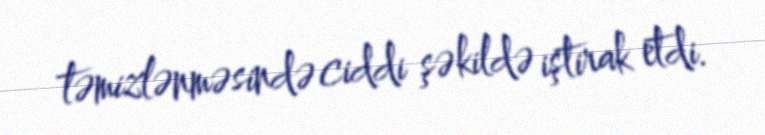
təmizlənməsində ciddi şəkildə iştirak etdi.